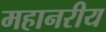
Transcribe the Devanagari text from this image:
महानरीय